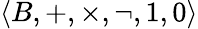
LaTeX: \langle B,+,\times,\lnot,1,0\rangle